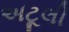
અટૂલી